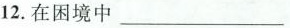
12.在困境中___